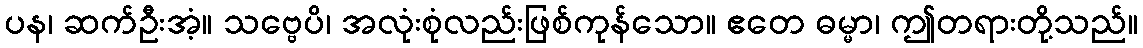
ပန၊ ဆက်ဦးအံ့။ သဗ္ဗေပိ၊ အလုံးစုံလည်းဖြစ်ကုန်သော။ ဧတေ ဓမ္မာ၊ ဤတရားတို့သည်။